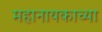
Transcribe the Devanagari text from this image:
महानायकाच्या